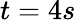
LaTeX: t=4s